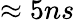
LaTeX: \approx 5ns